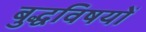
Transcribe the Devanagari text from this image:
बुद्धविषयों